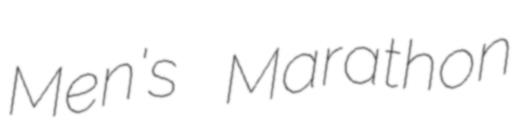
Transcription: Men's Marathon